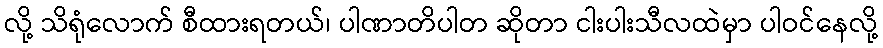
လို့ သိရုံလောက် စီထားရတယ်၊ ပါဏာတိပါတ ဆိုတာ ငါးပါးသီလထဲမှာ ပါဝင်နေလို့